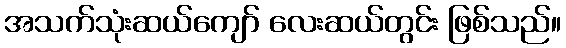
အသက်သုံးဆယ်ကျော် လေးဆယ်တွင်း ဖြစ်သည်။